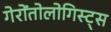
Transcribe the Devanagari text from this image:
गेरोंतोलोगिस्ट्स